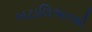
બટાલિઅનથી